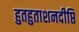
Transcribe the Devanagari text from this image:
हुतहुताशनदीप्ति